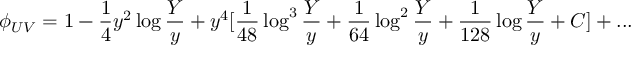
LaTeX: \phi _ { U V } = 1 - { \frac { 1 } { 4 } } y ^ { 2 } \log { \frac { Y } { y } } + y ^ { 4 } [ { \frac { 1 } { 4 8 } } \log ^ { 3 } { \frac { Y } { y } } + { \frac { 1 } { 6 4 } } \log ^ { 2 } { \frac { Y } { y } } + { \frac { 1 } { 1 2 8 } } \log { \frac { Y } { y } } + C ] + . . .